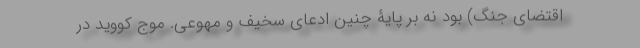
اقتضای جنگ) بود نه بر پایۀ چنین ادعای سخیف و مهوّعی. موج کووید در